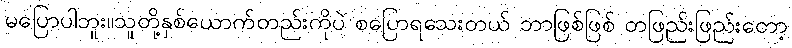
မပြောပါဘူး။သူတို့နှစ်ယောက်တည်းကိုပဲ စပြောရသေးတယ် ဘာဖြစ်ဖြစ် တဖြည်းဖြည်းတော့